Civil Veterinary Department Bihar reports 1940-50 - 1940-1950
Year: 1940
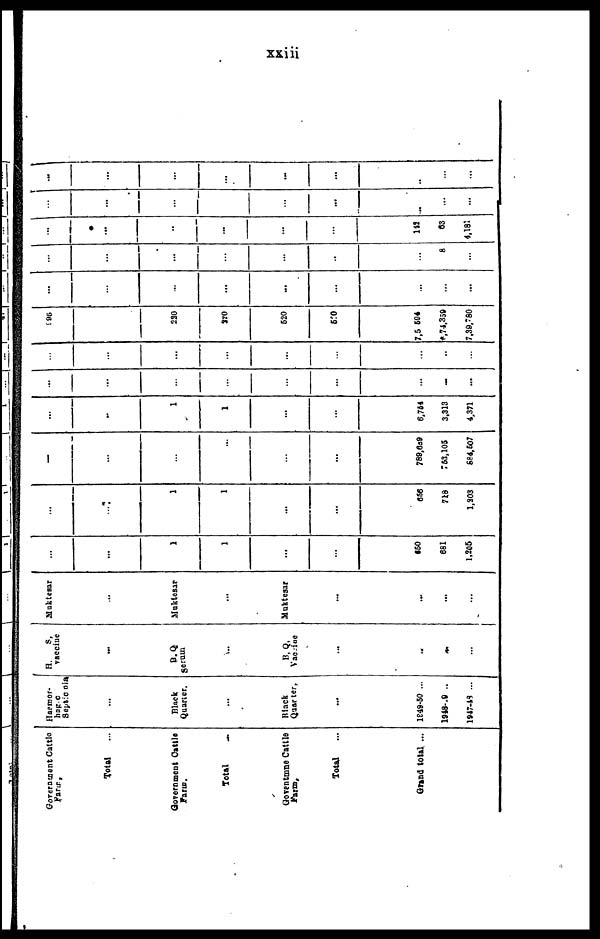
xxiii
Government Cattle
Farm,
Total ...
Government Cattle
Farm.
Total
...
Goventmne Cattle
Farm.
Total
Grand total ...
Haemor-
hagic
Septicaenia
...
Black
Quarter.
...
Black
Quarter,
...
1949-50 ...
1948-49 ..
1947-48 ...
H.
S,
vaccine
...
B.Q
Serum
...
B,Q,
Vaccine
...
...
...
...
Muktesar
...
Muktesar
...
Muktesar
...
...
...
...
...
1
1
...
...
650
681
1,205
...
...
1
1
...
...
656
718
1,203
...
...
...
...
...
...
789,6a9
753,105
684,607
...
...
1
1
...
...
6,754
3,313
4,371
...
...
...
...
...
...
...
...
...
...
...
...
...
...
...
...
...
...
995
...
220
320
520
520
7,5 604
6,74,359
7,39,780
...
...
...
...
...
...
...
...
...
...
...
...
...
...
..
...
8
...
...
...
...
...
...
...
142
63
4,181
...
...
...
...
...
...
...
...
...
...
...
...
...
...
...
...
...
...